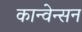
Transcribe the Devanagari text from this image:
कान्वेन्सन